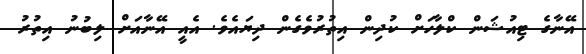
އޭނާގެ ޓިއުޝަން ކްލާހަށް ކުދިން އިތުރުވެގެން ދިޔައެވެ. އެއީ އޭނާއަށް ލިބުނު އިތުރު